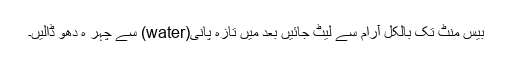
بیس منٹ تک بالکل آرام سے لیٹ جائیں بعد میں تازہ پانی(water) سے چہر ہ دھو ڈالیں۔